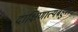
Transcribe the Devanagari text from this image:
दाक्षिणात्यबहुल